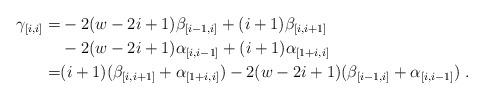
\begin{align*}\gamma_{[i,i]} =& -2 (w-2i+1) \beta_{[i-1,i]} + (i+1) \beta_{[i,i+1]} \\& -2(w-2i+1) \alpha_{[i,i-1]} + (i+1) \alpha_{[1+i,i]} \\=& (i+1)( \beta_{[i,i+1]} + \alpha_{[1+i,i]}) -2 (w-2i+1) ( \beta_{[i-1,i]} + \alpha_{[i,i-1]}) \;. \end{align*}